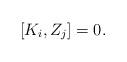
LaTeX: \begin{align*} [K_i,Z_j]=0.\end{align*}